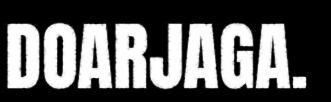
DOARJAGA.